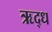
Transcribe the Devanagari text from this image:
ऋद्ध